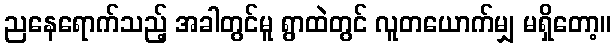
ညနေရောက်သည့် အခါတွင်မူ ရွာထဲတွင် လူတယောက်မျှ မရှိတော့။